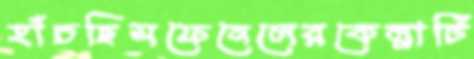
হাঁচছিসফেনেলেরকেল্লাটি